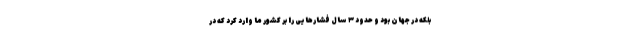
بلکه در جهان بود و حدود ۳ سال فشارهایی را بر کشور ما وارد کرد که در